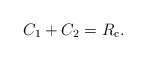
\begin{align*}C_1+C_2=R_{\mathrm{c}}.\end{align*}